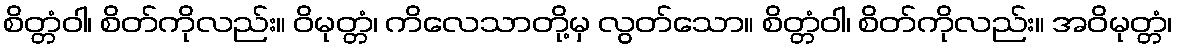
စိတ္တံဝါ၊ စိတ်ကိုလည်း။ ဝိမုတ္တံ၊ ကိလေသာတို့မှ လွတ်သော။ စိတ္တံဝါ၊ စိတ်ကိုလည်း။ အဝိမုတ္တံ၊